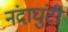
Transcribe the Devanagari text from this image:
नंदाघुंटी